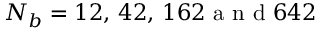
N _ { b } = 1 2 , \, 4 2 , \, 1 6 2 \mathrm { ~ a ~ n ~ d ~ } 6 4 2